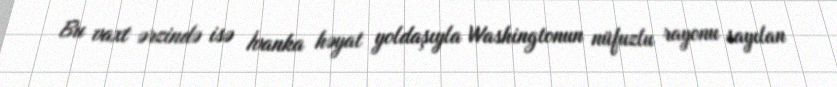
Bu vaxt ərzində isə İvanka həyat yoldaşıyla Washingtonun nüfuzlu rayonu sayılan